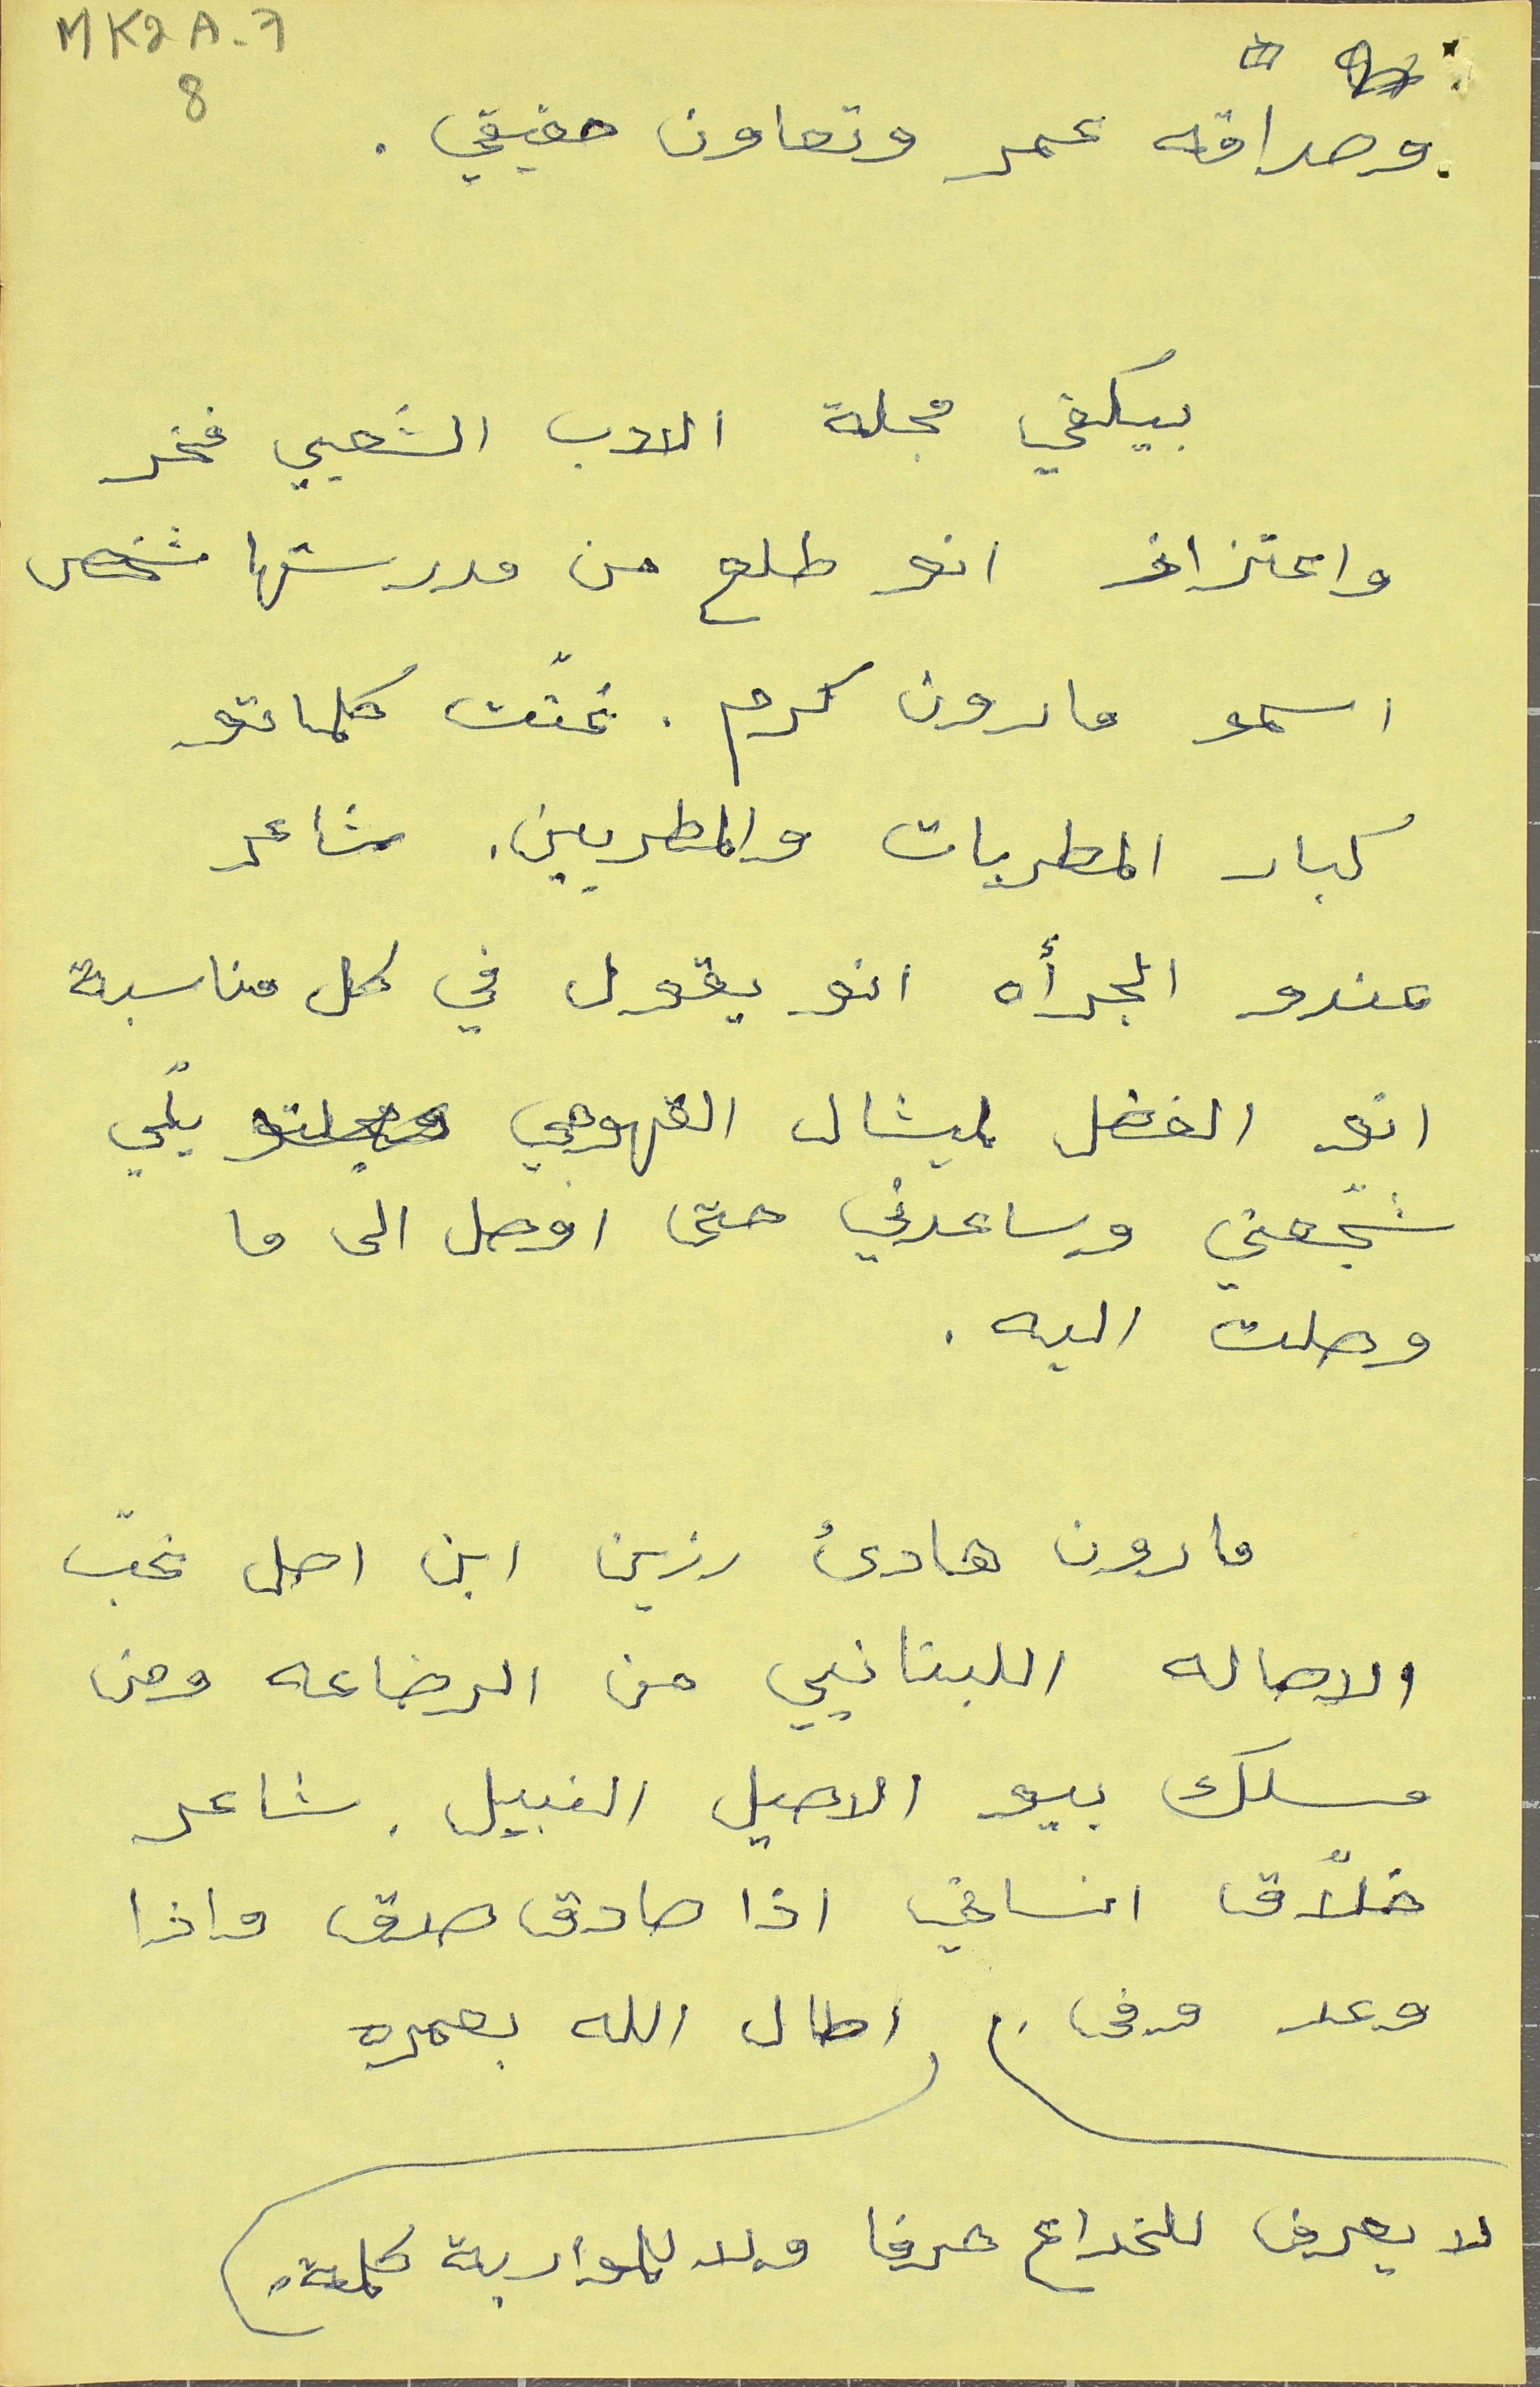
MK2A-78
وصداقه عمر وتعاون حقيقي.
بيكفي مجلة الادب الشعبي فخر
واعتزاز انو طلع من مدرستها شخص
اسمو مارون كرم. غنت كلماتو
كبار المطربات والمطربين. شاعر
عندو الجرأة انو يقول في كل مناسبة
انو الفضل لميشال القهوجي يلي
شجّعني وساعدني حتى اوصل الى ما
وصلت اليه.
مارون هادئ رزين ابن اصل نحبّ
الاصاله اللبنانيي من الرضاعه ومن
مسلك بيو الاصيل النبيل. شاعر
خلاّق انساني اذا صادق صدق واذا
وعد وفى.   اطال الله عمره
لا يعرف للخداع هدفا ولا للمواربة كلمة.